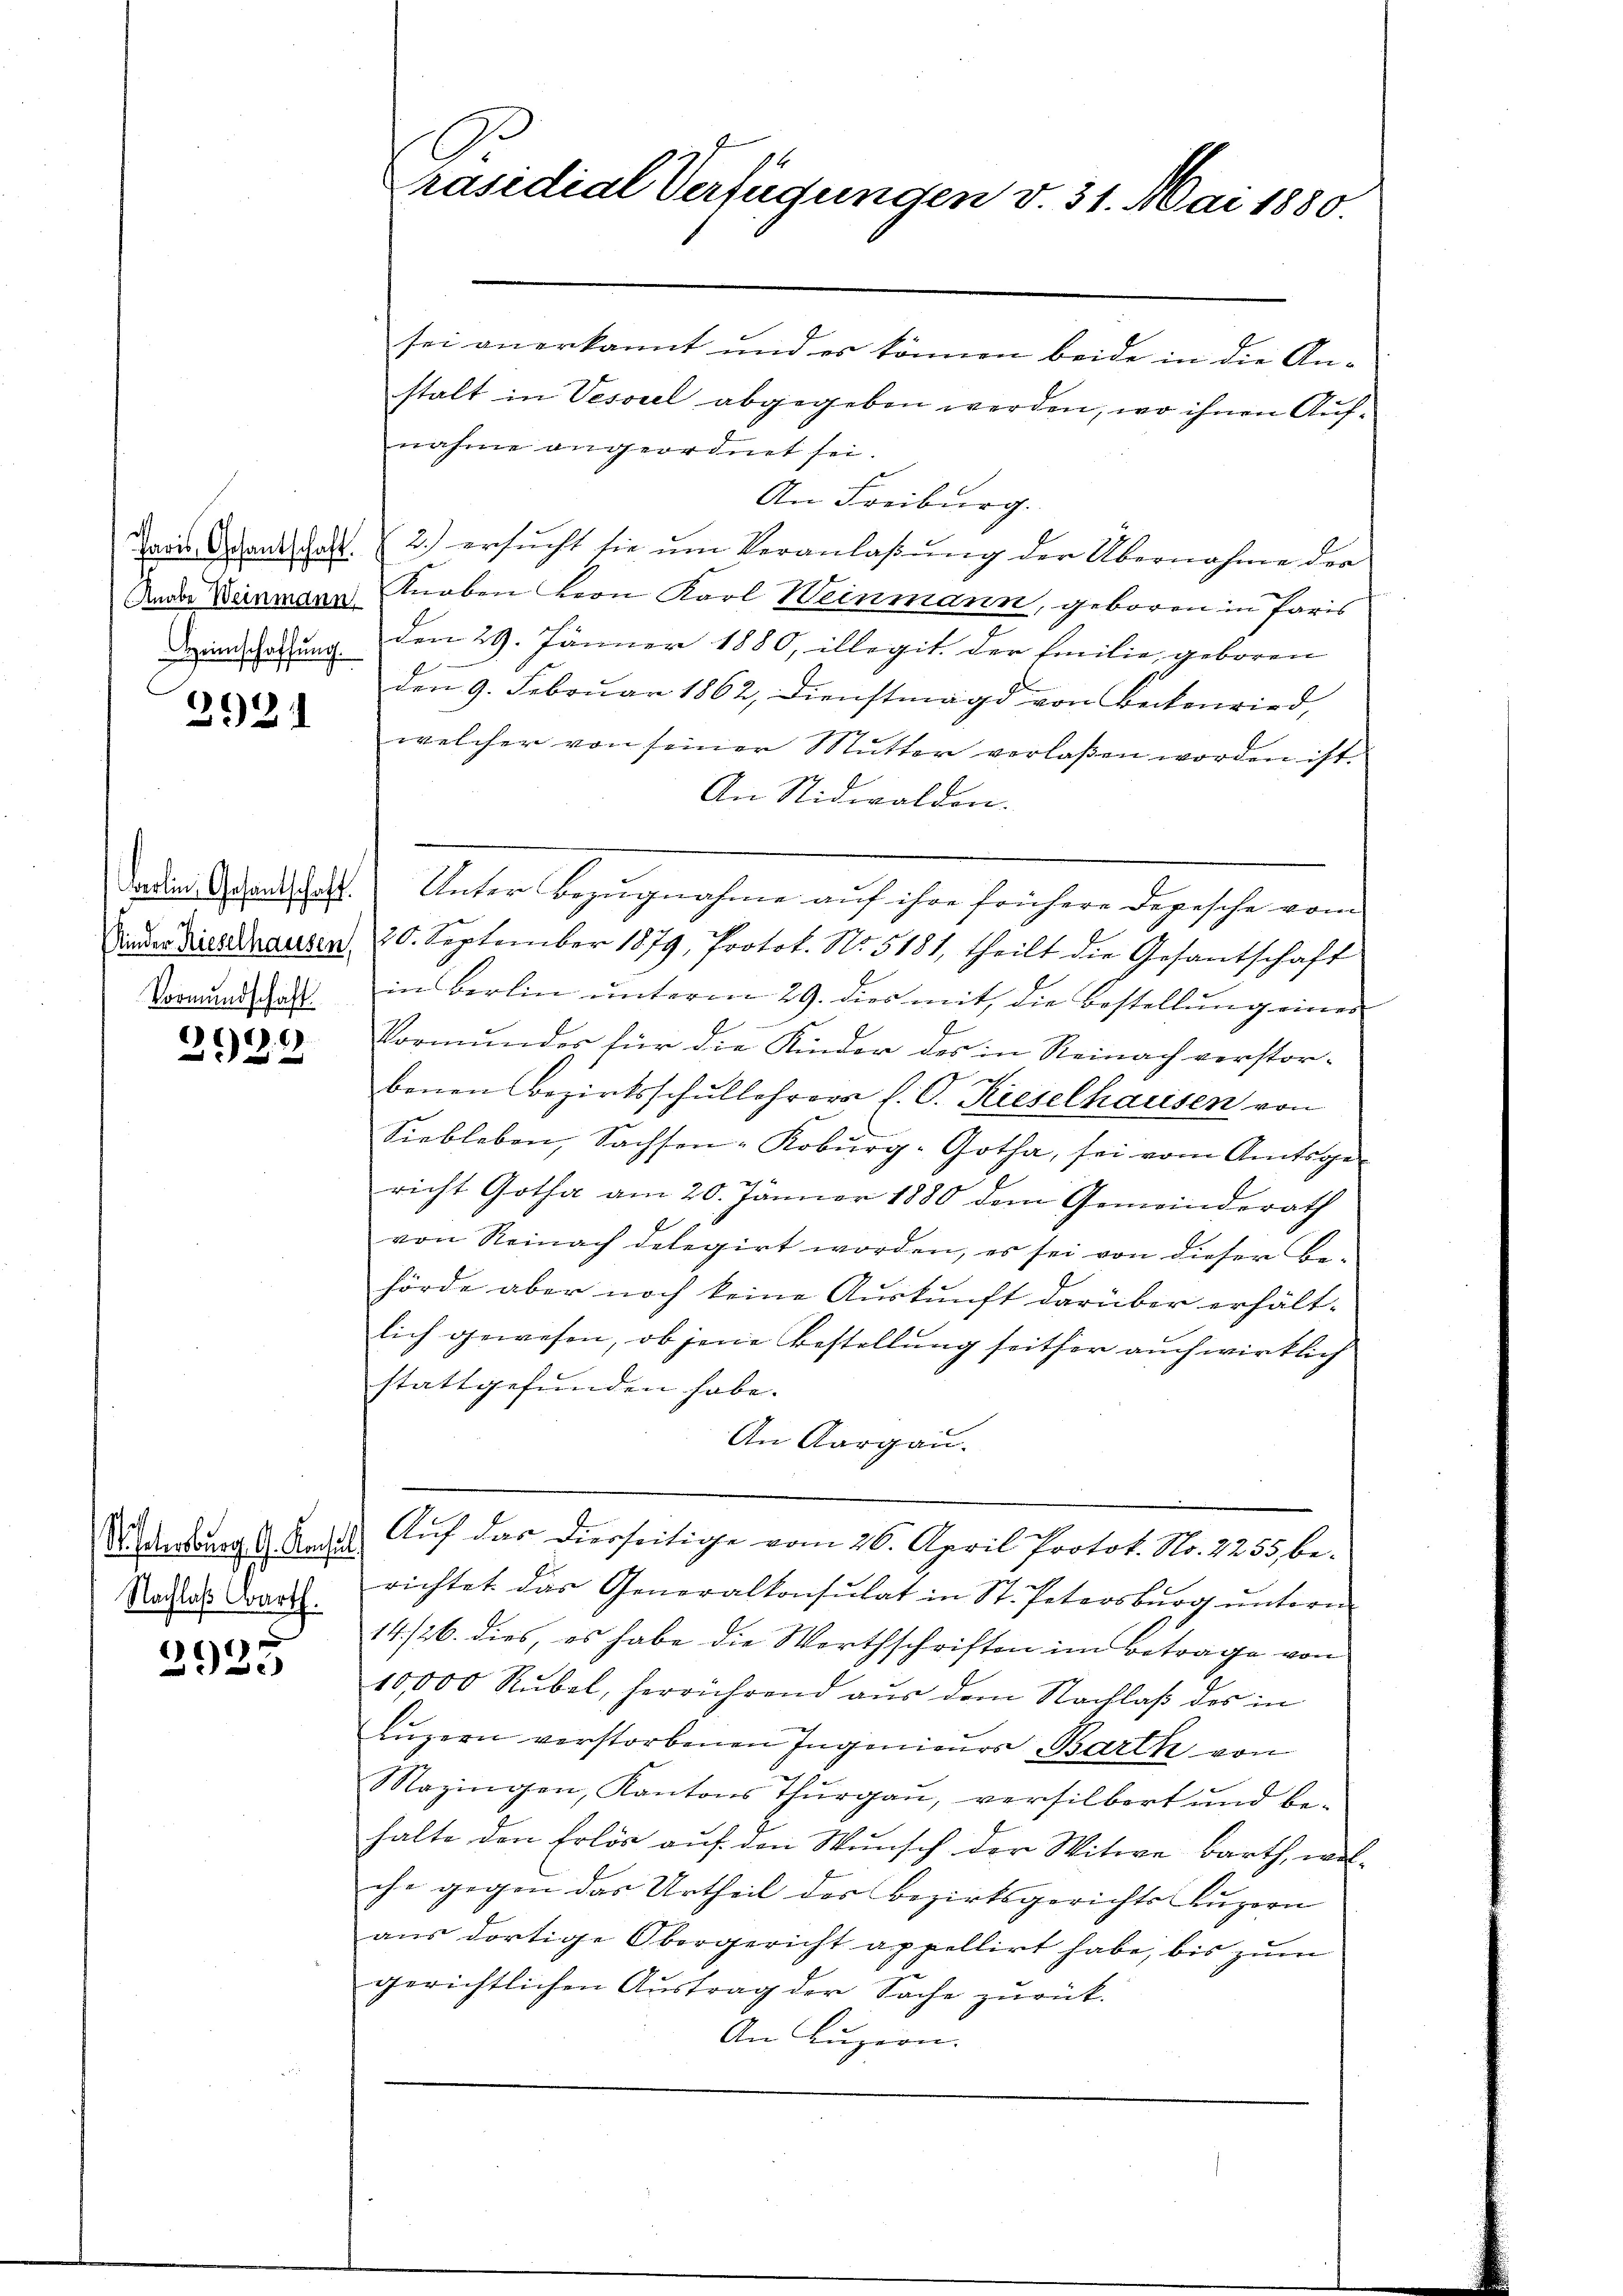
Paris Gesantschaft.
Knabe Weinindun
Heimschaffung.

2921

Berlin, Gesandtschaft.
Kinder Rieselhausen,
Vormundschaft.

)1)
d

Mietersburg. G. Konsul
Nachlaß Barth.

2925

räsidial-Verfügungen v. 31. Mai 1880.

sei anerkannt und es können beide in die An-
stalt in Vesorel abgegeben werden, wo ihnen Aufnahme angeordnet sei.
An Freiburg.
2.) ersŭcht sie ŭm Veranlassŭng der Übernahme der
Knoben Herr Karl Weinmann, geboren in Paris
den 29. Jänner 1880, illegit der Emilie, geboren
den 9. Februar 1862, Dienstmagd von Beckenwird,
welcher von seiner Mutter verlaßen worden ist.
An Nidwalden.
20. September 1879, Protok. No. 5181, theilt die Gesantschaft
in Berlin unterm 29. dies mit, die Bestellung eines
Vormundes für die Kinder des in Reinach verstor-
u
benen Bezirksschullehrer l. C. Kieselhausen von
Siebleben, Sachsen-Kobŭrg-Gotha, sei vom Amtsge-
richt Gotha am 20. Jänner 1880 dem Gemeinderath
von Reinach delegirt worden, es sei von dieser Behörde aber noch keine Auskunft darüber erhält-
lich gewesen, ob jene Bestellung seither auch wirklich
stattgefunden habe.
An Aargau.
Auf das diesseitige vom 26. April Protok. No. 2255, berichtet das Generalkonsulat in St. Petersburg untern
14/26. dies, es habe die Werthschriften im Betrage von
10,000 Rubel, herrührend aus dem Nachlaß des in
Luzern verstorbenen Ingenieurs Barth von
Mazingen, Kantons Thurgau, versilbert und be-
halte den Erlös auf den Wunsch der Witwe Barth, welche gegen das Urtheil des Bezirksgerichts Luzern |
aus dortige Obergericht appellirt habe, bis zum
gerichtlichen Austrag der Sache zurück.
An Luzern.

Unter Bezugnahme auf ihre frühere Depesche vom